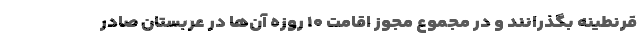
قرنطینه بگذرانند و در مجموع مجوز اقامت ۱۰ روزه آن‌ها در عربستان صادر